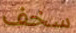
سخف